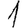
Digit: 1